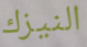
النيزك